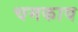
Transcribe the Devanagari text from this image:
चमकाव